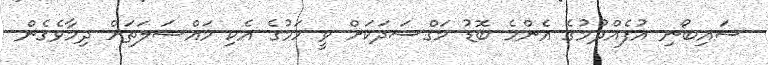
ސައިބޯނި އުފެއްދުމުގެ އެންމެ ބޮޑު މަގްސަދަކަށް ވީ ހަމުގެ އެކި މައްސަލަތަށް ދިމާވެގެން